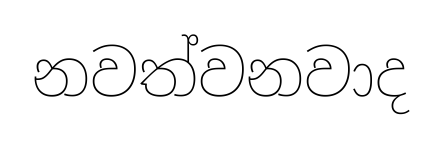
නවත්වනවාද